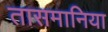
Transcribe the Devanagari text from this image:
तासमानिया